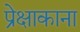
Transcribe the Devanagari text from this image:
प्रेक्षाकाना